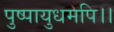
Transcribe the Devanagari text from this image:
पुष्पायुधमपि।।